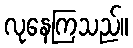
လုနေကြသည်။